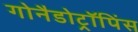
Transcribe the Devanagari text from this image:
गोनैडोट्रॉपिंस